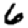
Digit: 6